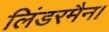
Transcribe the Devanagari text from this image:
लिंडरमैन।